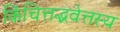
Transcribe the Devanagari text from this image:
किंचित्तद्भवेत्तस्य